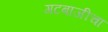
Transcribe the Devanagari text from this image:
गटबाजीचा